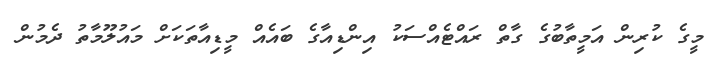
މީގެ ކުރިން އަމީތާބުގެ ގާތް ރައްޓެއްސަކު އިންޑިއާގެ ބައެއް މީޑިއާތަކަށް މައުލޫމާތު ދެމުން